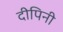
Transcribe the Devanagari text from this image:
दीपिनी